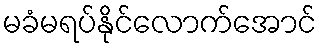
မခံမရပ်နိုင်လောက်အောင်